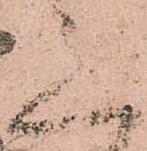
意